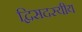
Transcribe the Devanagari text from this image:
द्विसदस्यीय